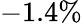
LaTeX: -1.4\%